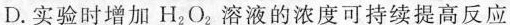
D.实验时增加H_{2}O_{2}溶液的浓度可持续提高反应